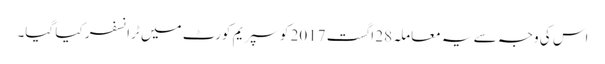
اس کی وجہ سے یہ معاملہ 28 اگست 2017 کو سپریم کورٹ میں ٹرانسفر کیا گیا۔